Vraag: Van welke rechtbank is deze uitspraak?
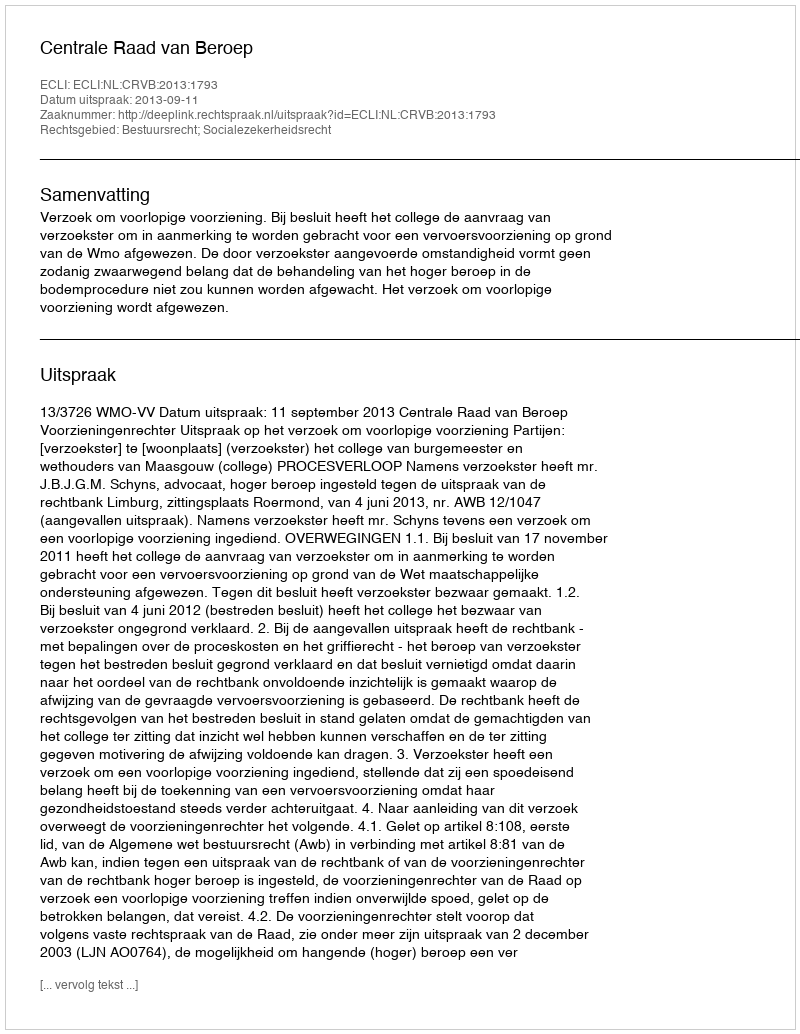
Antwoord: Centrale Raad van Beroep